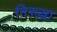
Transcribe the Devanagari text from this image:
निरुद्धा